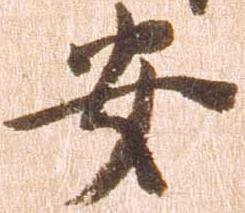
安